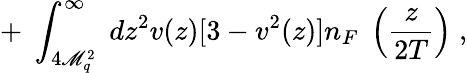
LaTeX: +\; \int_{4\mathscr{M}_{q}^{2}}^{\infty}\; dz^{2}v(z)[3-v^{2}(z)]n_{F}\; \left(\frac{{z}}{{2T}}\right)\; ,